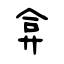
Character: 弇